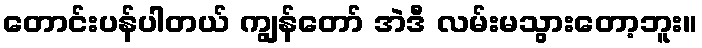
တောင်းပန်ပါတယ် ကျွန်တော် အဲဒီ လမ်းမသွားတော့ဘူး။